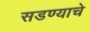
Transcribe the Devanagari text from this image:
सडण्याचे